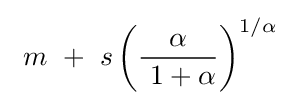
\ m\ +\ s\left({\frac {\alpha }{\ 1+\alpha }}\right)^{1/\alpha \ }